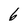
Character: 6